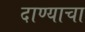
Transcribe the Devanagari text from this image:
दाण्याचा